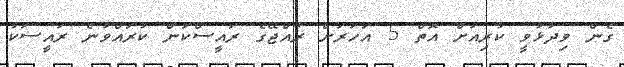
ގެން ވިދާޅުވީ ކުރިއަށް އޮތް 5 އަހަރަށް ރާއްޖޭގެ ރައީސްކަން ކުރައްވާނެ ރައީސަކު